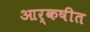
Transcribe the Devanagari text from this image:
आर्कषीत